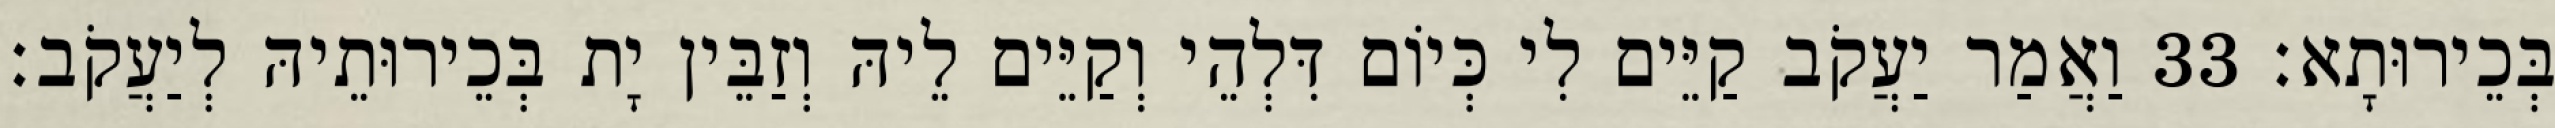
בְּכֵירוּתָא׃ 33 וַאֲמַר יַעֲקֹב קַיֵּים לִי כְּיוֹם דִּלְהֵי וְקַיֵּים לֵיהּ וְזַבֵּין יָת בְּכֵירוּתֵיהּ לְיַעֲקֹב׃